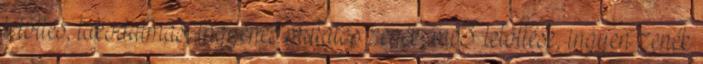
letöltés, lakodalmas, ingyenes mulatós zenék, mp3 letöltése, ingyen zenék